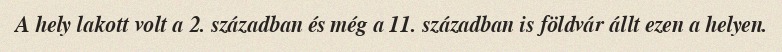
A hely lakott volt a 2. században és még a 11. században is földvár állt ezen a helyen.